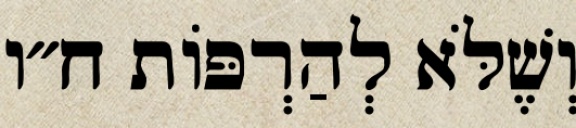
וְשֶׁלֹּא לְהַרְפּוֹת ח״ו